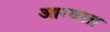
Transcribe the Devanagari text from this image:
आरवला